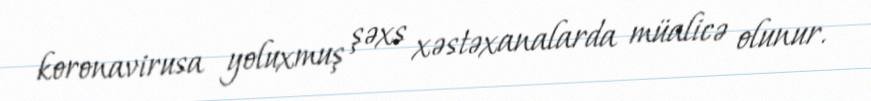
koronavirusa yoluxmuş şəxs xəstəxanalarda müalicə olunur.